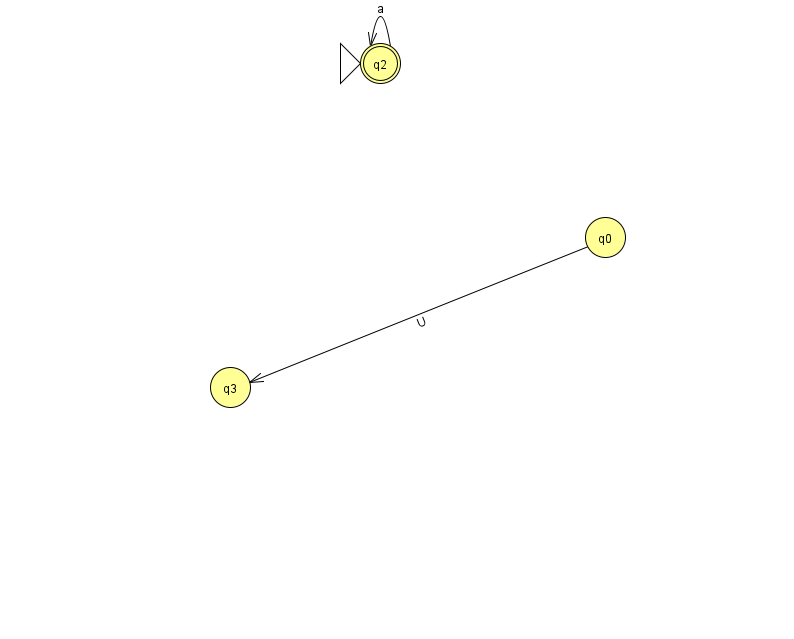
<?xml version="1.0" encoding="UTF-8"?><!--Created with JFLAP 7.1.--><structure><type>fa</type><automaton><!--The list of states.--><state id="0" name="q0"><x>605.0</x><y>224.0</y></state><state id="2" name="q2"><x>380.0</x><y>50.0</y><initial/><final/></state><state id="3" name="q3"><x>230.0</x><y>374.0</y></state><!--The list of transitions.--><transition><from>0</from><to>3</to><read>U</read></transition><transition><from>2</from><to>2</to><read>a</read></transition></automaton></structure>